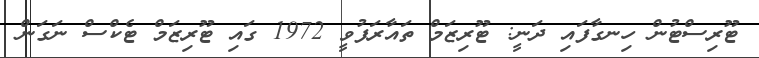
ޓޫރިސްޓުން ހިނގާފައި ދަނީ: ޓޫރިޒަމް ތައާރަފުވީ 1972 ގައި ޓޫރިޒަމް ޓެކްސް ނަގަން